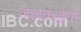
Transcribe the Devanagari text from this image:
जलकाइयों